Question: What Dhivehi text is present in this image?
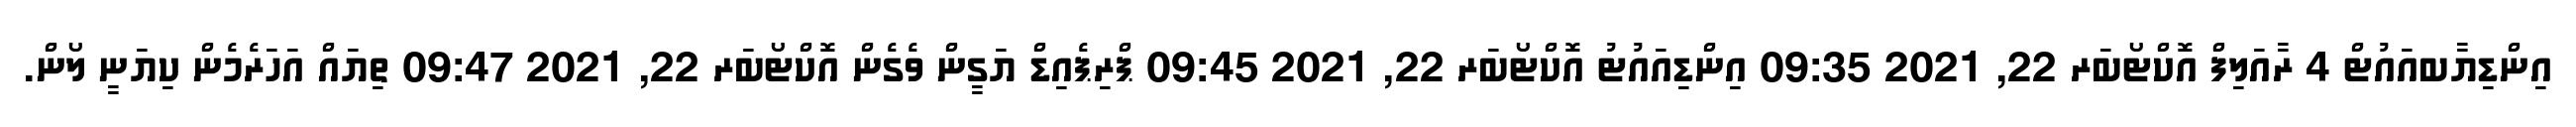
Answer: އިންޑިޔާބއައުޓް 4 ރާއަލިފް އޮކްޓޯބަރ 22, 2021 09:35 އިންޑިއައުޓު އޮކްޓޯބަރ 22, 2021 09:45 ޕްރިޕެއިޑް ޔަގީން ވެގެން އޮކްޓޯބަރ 22, 2021 09:47 ތިޔައް އަހަރެމެން ކިޔަނީ ލޯން.